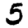
Digit: 5